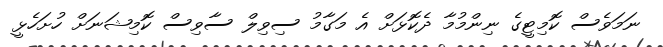
ނަމަވެސް ކޮމިޓީގެ ނިންމުމާ ދެކޮޅަށް އެ މަގާމު ސިވިލް ސާވިސް ކޮމިޝަނަށް ހުށަހެޅީ